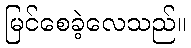
မြင်စေခဲ့လေသည်။